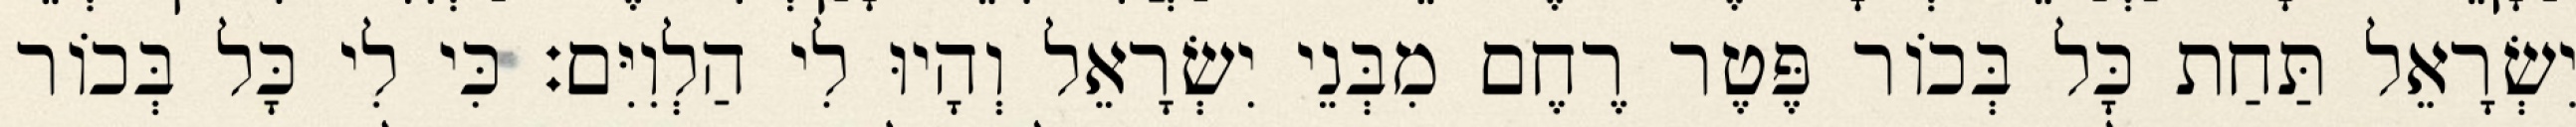
יִשְׂרָאֵל תַּחַת כָּל בְּכוֹר פֶּטֶר רֶחֶם מִבְּנֵי יִשְׂרָאֵל וְהָיוּ לִי הַלְוִיִּם׃ כִּי לִי כָּל בְּכוֹר